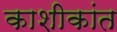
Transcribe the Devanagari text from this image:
काशीकांत